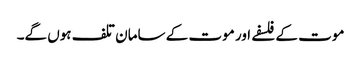
موت کے فلسفے اور موت کے سامان تلف ہوں گے۔